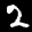
Label: 2